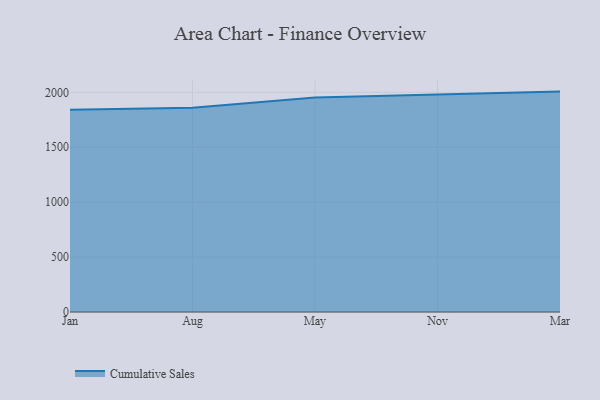
{"axis": {"x": "Month", "y": "Latency (ms)"}, "legend": ["Cumulative Sales"], "data": [{"x": "Jan", "y": 1840.6, "type": "Cumulative Sales"}, {"x": "Aug", "y": 1860.2, "type": "Cumulative Sales"}, {"x": "May", "y": 1953.7, "type": "Cumulative Sales"}, {"x": "Nov", "y": 1982.8, "type": "Cumulative Sales"}, {"x": "Mar", "y": 2006.5, "type": "Cumulative Sales"}]}